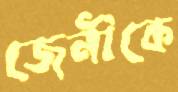
জেনীকে